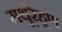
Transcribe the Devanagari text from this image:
मथूरेहूण